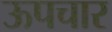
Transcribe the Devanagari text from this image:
ऊपचार